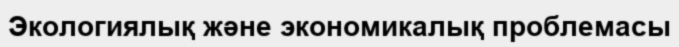
Экологиялық және экономикалық проблемасы